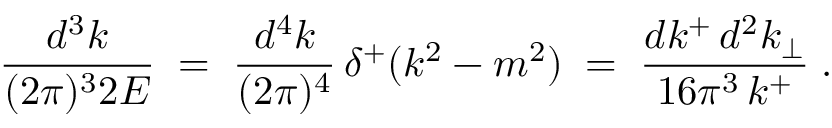
\frac { d ^ { 3 } k } { ( 2 \pi ) ^ { 3 } 2 E } \; = \; \frac { d ^ { 4 } k } { ( 2 \pi ) ^ { 4 } } \, \delta ^ { + } ( k ^ { 2 } - m ^ { 2 } ) \; = \; \frac { d k ^ { + } \, d ^ { 2 } k _ { \perp } } { 1 6 \pi ^ { 3 } \, k ^ { + } } \; .